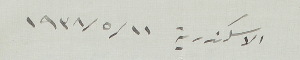
الاسكندرية ١١/ ٥/ ١٩٣٨